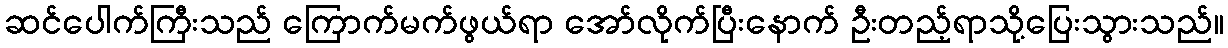
ဆင်ပေါက်ကြီးသည် ကြောက်မက်ဖွယ်ရာ အော်လိုက်ပြီးနောက် ဦးတည့်ရာသို့ပြေးသွားသည်။